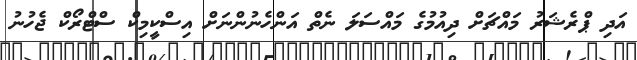
އަދި ޕްރެޝަރު މައްޗަށް ދިއުމުގެ މައްސަލަ ނެތް އަންހެނުންނަށް އިސްކީމިކް ސްޓްރޯކް ޖެހުނު